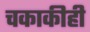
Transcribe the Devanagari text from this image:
चकाकीही